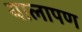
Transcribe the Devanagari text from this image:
यालापण